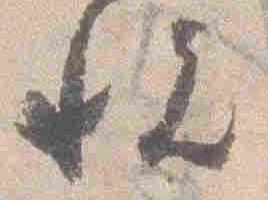
悦